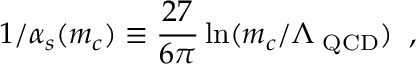
1 / \alpha _ { s } ( m _ { c } ) \equiv { \displaystyle \frac { 2 7 } { 6 \pi } } \ln ( m _ { c } / \Lambda _ { \mathrm { { \footnotesize ~ Q C D } } } ) \; \; ,